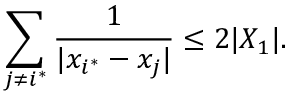
\sum _ { j \neq i ^ { \ast } } \frac { 1 } { | x _ { i ^ { \ast } } - x _ { j } | } \leq 2 | X _ { 1 } | .